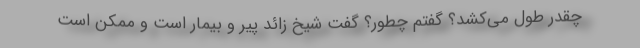
چقدر طول می‌کشد؟ گفتم چطور؟ گفت شیخ زائد پیر و بیمار است و ممکن است